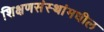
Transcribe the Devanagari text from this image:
शिक्षणसंस्थांमधील